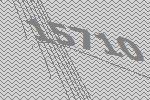
15710